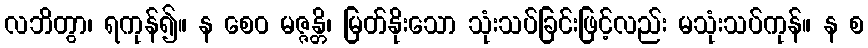
လဘိတွာ၊ ရကုန်၍။ န စေဝ မဇ္ဇန္တိ၊ မြတ်နိုးသော သုံးသပ်ခြင်းဖြင့်လည်း မသုံးသပ်ကုန်။ န စ